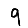
Digit: 9